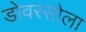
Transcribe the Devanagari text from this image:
डोवरसोला